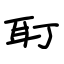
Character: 耵